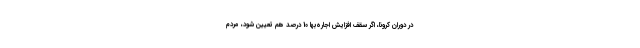
در دوران کرونا، اگر سقف افزایش اجاره‌بها 10 درصد هم تعیین شود، مردم